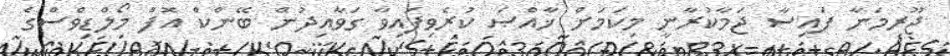
ޖޫރިމަނާ ފައިސާ ޖަމާކުރާނީ މިކަމަށް ޚާއްޞަ ކުރެވިފައިވާ ގަވާއިދުން ބޭންކް އޮފް މޯލްޑިވްސްގެ